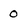
Character: o